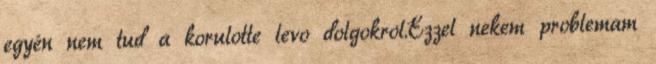
egyén nem tud a korulotte levo dolgokrol.Ezzel nekem problemam